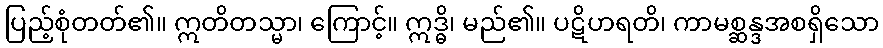
ပြည့်စုံတတ်၏။ ဣတိတသ္မာ၊ ကြောင့်။ ဣဒ္ဓိ၊ မည်၏။ ပဋိဟရတိ၊ ကာမစ္ဆန္ဒအစရှိသော